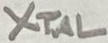
Text: XTAL